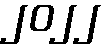
၂၀၂၂